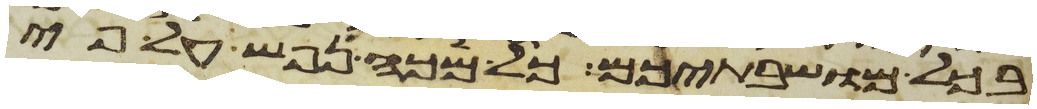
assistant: בכל מושבתיכם כל מכה נפש לפי